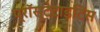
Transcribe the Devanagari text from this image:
प्रॉस्टेटाइटिस